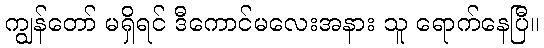
ကျွန်တော် မရှိရင် ဒီကောင်မလေးအနား သူ ရောက်နေပြီ။